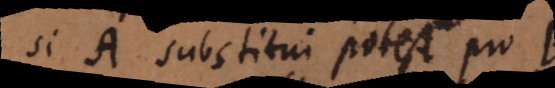
si A substitui potest pro B,